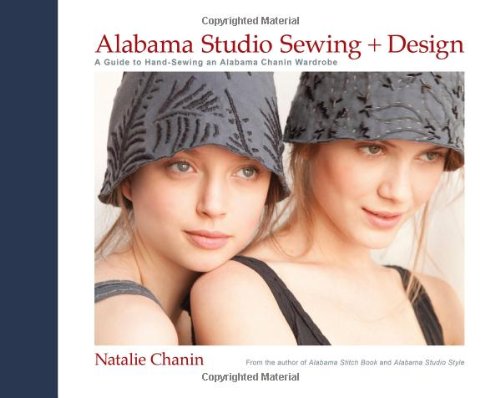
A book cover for Alabama Studio Sewing + Design: A Guide to Hand-Sewing an Alabama Chanin Wardrobe; Natalie Chanin; Crafts, Hobbies & Home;